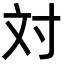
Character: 対